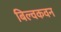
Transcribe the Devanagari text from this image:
बिल्वकवन